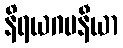
နိရယဂမနီယာ